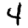
Digit: 4